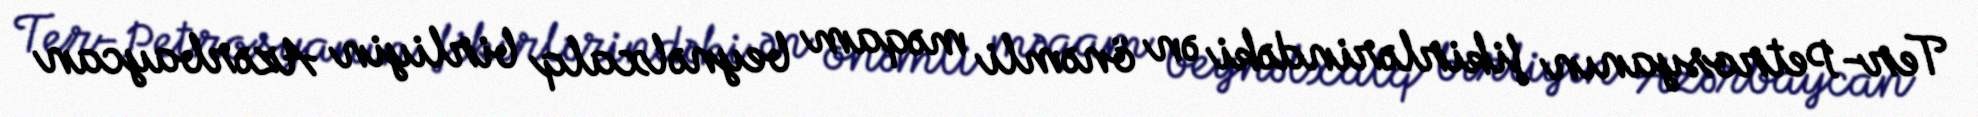
Ter-Petrosyanın fikirlərindəki ən önəmli məqam beynəlxalq birliyin Azərbaycan